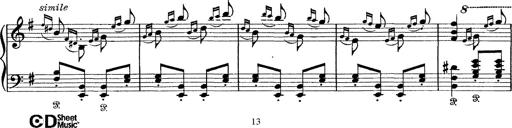
Title: Tarantelle di bravura dâ€™aprÃ¨s la tarantelle de La muette de Portici
Composer: Franz Liszt